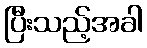
ပြီးသည့်အခါ